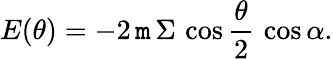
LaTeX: E(\theta)=-2\, \mathtt{m}\, \Sigma\, \cos{\frac{{\theta}}{{2}}}\, \cos\alpha.